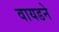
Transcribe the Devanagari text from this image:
वायडने